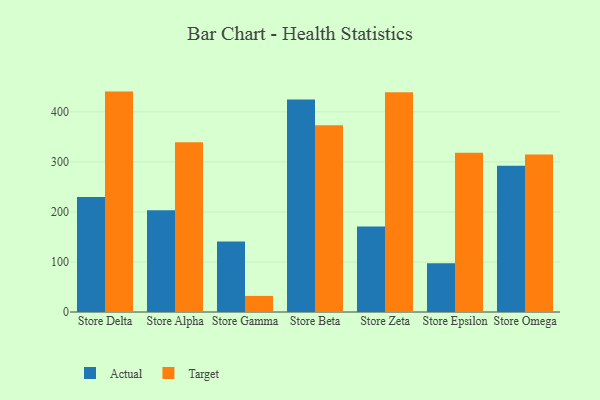
{"axis": {"x": "Store", "y": "Revenue (USD Million)"}, "legend": ["Actual", "Target"], "data": [{"x": "Store Delta", "y": 229.9, "type": "Actual"}, {"x": "Store Delta", "y": 440.4, "type": "Target"}, {"x": "Store Alpha", "y": 203.1, "type": "Actual"}, {"x": "Store Alpha", "y": 339.3, "type": "Target"}, {"x": "Store Gamma", "y": 140.9, "type": "Actual"}, {"x": "Store Gamma", "y": 32.2, "type": "Target"}, {"x": "Store Beta", "y": 424.6, "type": "Actual"}, {"x": "Store Beta", "y": 373.1, "type": "Target"}, {"x": "Store Zeta", "y": 170.8, "type": "Actual"}, {"x": "Store Zeta", "y": 439.3, "type": "Target"}, {"x": "Store Epsilon", "y": 97.4, "type": "Actual"}, {"x": "Store Epsilon", "y": 318.3, "type": "Target"}, {"x": "Store Omega", "y": 292.0, "type": "Actual"}, {"x": "Store Omega", "y": 314.8, "type": "Target"}]}